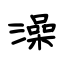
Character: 澡